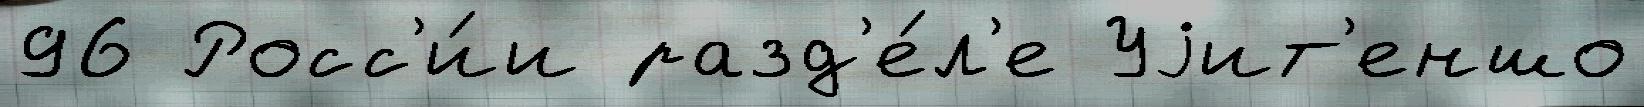
96 Росс'и́и разд'е́л'е Уjит'еншо